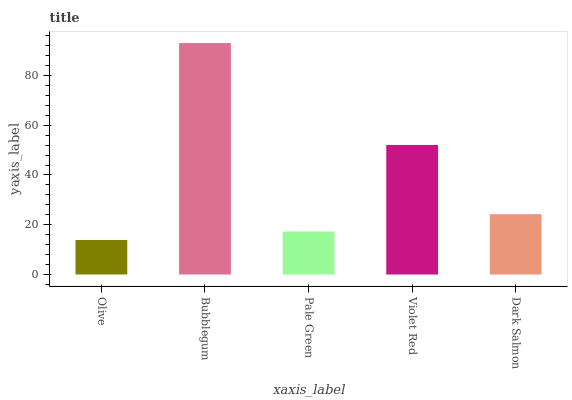
| xaxis_label | bars |
 | --- | --- |
 | Olive | 13.9 |
 | Bubblegum | 93 |
 | Pale Green | 17.3 |
 | Violet Red | 52.1 |
 | Dark Salmon | 24.2 |